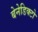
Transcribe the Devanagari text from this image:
बेनेडिक्टो